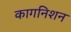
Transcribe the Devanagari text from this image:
कागनिशन